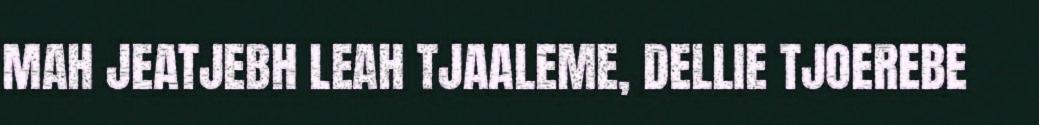
MAH JEATJEBH LEAH TJAALEME, DELLIE TJOEREBE